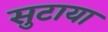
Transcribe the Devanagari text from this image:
सुटाया